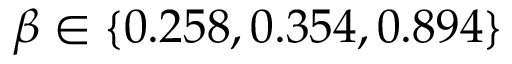
\beta \in \{ 0 . 2 5 8 , 0 . 3 5 4 , 0 . 8 9 4 \}